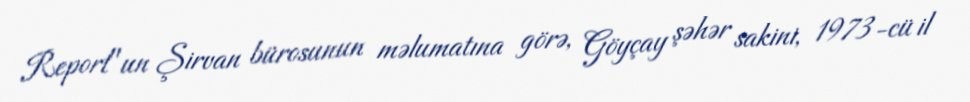
Report"un Şirvan bürosunun məlumatına görə, Göyçay şəhər sakini, 1973-cü il